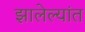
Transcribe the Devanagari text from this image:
झालेल्‍यांत